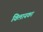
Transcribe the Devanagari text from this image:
विलायकां